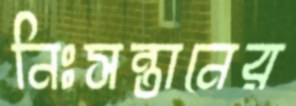
নিঃসন্তানের